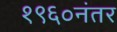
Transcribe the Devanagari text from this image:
१९६०नंतर